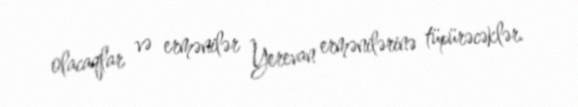
olacaqlar və ermənilər Yerevan ermənilərinə tüpürəcəklər.